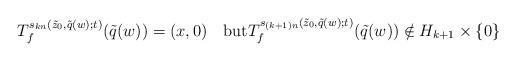
LaTeX: \begin{align*}T_f^{s_{kn}(\tilde{z}_0,\tilde{q}(w);t)}(\tilde{q}(w))=(x,0)\quad\mbox{but}T_f^{s_{(k+1)n}(\tilde{z}_0,\tilde{q}(w);t)}(\tilde{q}(w))\notin H_{k+1}\times\{0\}\end{align*}